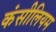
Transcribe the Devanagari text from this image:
कंसीलियम